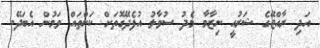
އަދި ރާއްޖޭގެ ޝަރުއީ ނިޒާމާ މެދު ސުވާލު އުފެދޭގޮތަށް ކަންތައް ވަމުން އެބަދޭ.